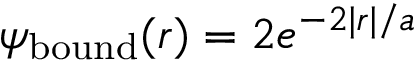
\psi _ { \mathrm { b o u n d } } ( r ) = 2 e ^ { - 2 | r | / a }